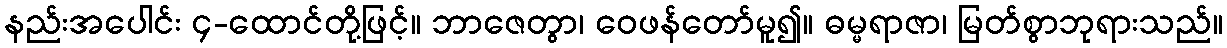
နည်းအပေါင်း ၄-ထောင်တို့ဖြင့်။ ဘာဇေတွာ၊ ဝေဖန်တော်မူ၍။ ဓမ္မရာဇာ၊ မြတ်စွာဘုရားသည်။